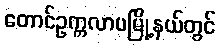
တောင်ဥက္ကလာပမြို့နယ်တွင်